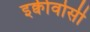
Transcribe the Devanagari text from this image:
इक्वीवोसी